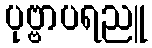
ပုဗ္ဗာပရညူ